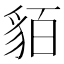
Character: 貊